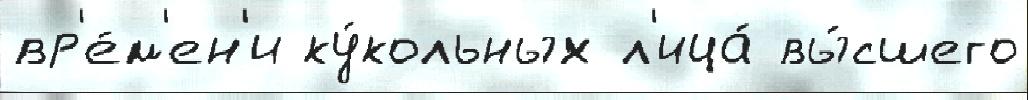
вр'е́м'ен'и ку́кольных л'ица́ вы́сшего